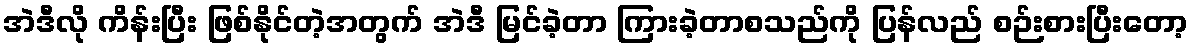
အဲဒီလို ကိန်းပြီး ဖြစ်နိုင်တဲ့အတွက် အဲဒီ မြင်ခဲ့တာ ကြားခဲ့တာစသည်ကို ပြန်လည် စဉ်းစားပြီးတော့